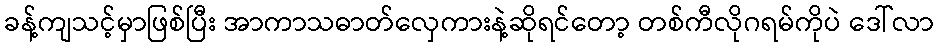
ခန့်ကျသင့်မှာဖြစ်ပြီး အာကာသဓာတ်လှေကားနဲ့ဆိုရင်တော့ တစ်ကီလိုဂရမ်ကိုပဲ ဒေါ်လာ